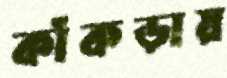
কাঁকড়ায়